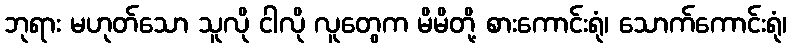
ဘုရား မဟုတ်သော သူလို ငါလို လူတွေက မိမိတို့ စားကောင်းရုံ၊ သောက်ကောင်းရုံ၊